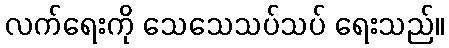
လက်ရေးကို သေသေသပ်သပ် ရေးသည်။